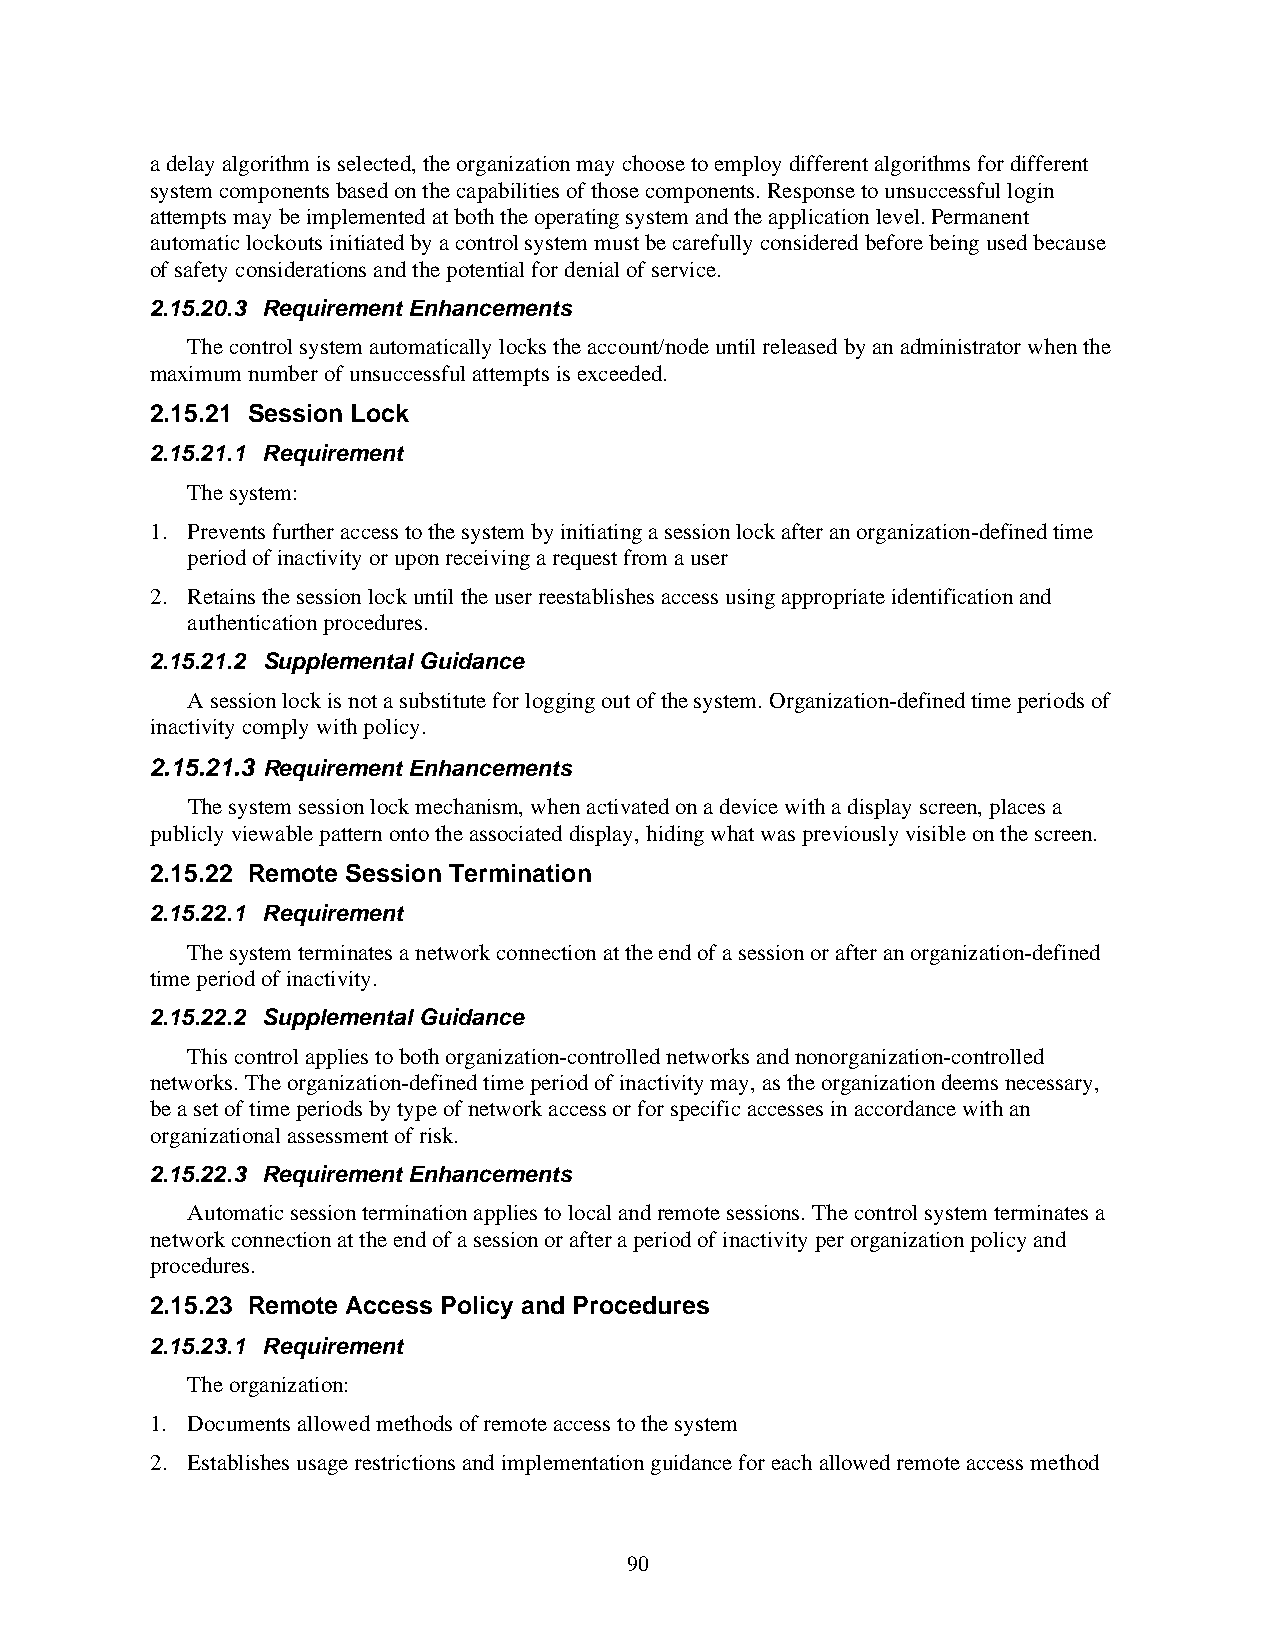
a delay algorithm is selected, the organization may choose to employ different algorithms for different
 system components based on the capabilities of those components. Response to unsuccessful login
 attempts may be implemented at both the operating system and the application level. Permanent
 automatic lockouts initiated by a control system must be carefully considered before being used because
 of safety considerations and the potential for denial of service.
 2.15.20.3 Requirement Enhancements
 The control system automatically locks the account/node until released by an administrator when the
 maximum number of unsuccessful attempts is exceeded.
 2.15.21 Session Lock
 2.15.21.1 Requirement
 The system:
 1. Prevents further access to the system by initiating a session lock after an organization-defined time
 period of inactivity or upon receiving a request from a user
 2. Retains the session lock until the user reestablishes access using appropriate identification and
 authentication procedures.
 2.15.21.2 Supplemental Guidance
 A session lock is not a substitute for logging out of the system. Organization-defined time periods of
 inactivity comply with policy.
 2.15.21.3 Requirement Enhancements
 The system session lock mechanism, when activated on a device with a display screen, places a
 publicly viewable pattern onto the associated display, hiding what was previously visible on the screen.
 2.15.22 Remote Session Termination
 2.15.22.1 Requirement
 The system terminates a network connection at the end of a session or after an organization-defined
 time period of inactivity.
 2.15.22.2 Supplemental Guidance
 This control applies to both organization-controlled networks and nonorganization-controlled
 networks. The organization-defined time period of inactivity may, as the organization deems necessary,
 be a set of time periods by type of network access or for specific accesses in accordance with an
 organizational assessment of risk.
 2.15.22.3 Requirement Enhancements
 Automatic session termination applies to local and remote sessions. The control system terminates a
 network connection at the end of a session or after a period of inactivity per organization policy and
 procedures.
 2.15.23 Remote Access Policy and Procedures
 2.15.23.1 Requirement
 The organization:
 1. Documents allowed methods of remote access to the system
 2. Establishes usage restrictions and implementation guidance for each allowed remote access method
 90